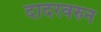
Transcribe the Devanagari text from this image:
दादरवरुन